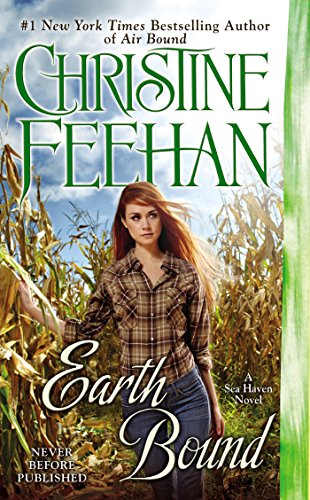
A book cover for Earth Bound (A Sea Haven Novel); Christine Feehan; Romance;